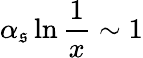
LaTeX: \alpha_{\mathfrak{s}}\ln{\frac{{1}}{{x}}}\sim1